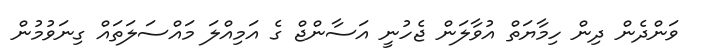
ވަންދެން ދިން ހިމާޔަތް އުވާލަން ޖެހުނީ އަސާންޖް ގެ އަމިއްލަ މައްސަލަތައް ގިނަވުމުން